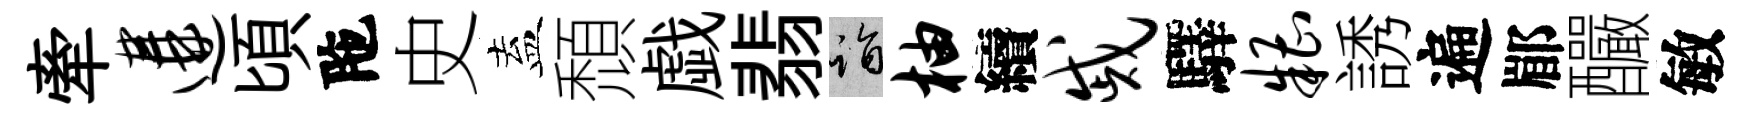
牽遘頃陁史盍頹戯翡诣柚續戚驛糟誘遍郿釅敏